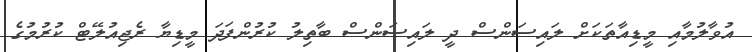
އުވާލުމާއި މީޑިއާތަކަށް ލައިސަންސް ދީ ލައިސަންސް ބާތިލު ކުރުންފަދަ މީޑިޔާ ރެޖިއުލޭޓް ކުރުމުގެ